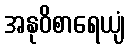
အနုဝိစာရေယျံ